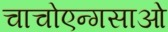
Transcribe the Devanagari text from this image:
चाचोएन्गसाओ